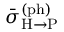
\bar { \sigma } _ { \mathrm { H } \rightarrow \mathrm { P } } ^ { \mathrm { ( p h ) } }